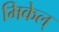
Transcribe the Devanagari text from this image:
मिकेल्